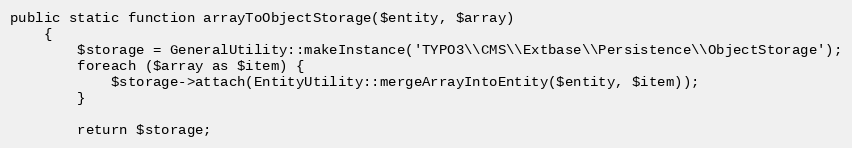
Language: PHP
public static function arrayToObjectStorage($entity, $array)
    {
        $storage = GeneralUtility::makeInstance('TYPO3\\CMS\\Extbase\\Persistence\\ObjectStorage');
        foreach ($array as $item) {
            $storage->attach(EntityUtility::mergeArrayIntoEntity($entity, $item));
        }

        return $storage;